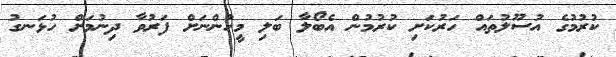
ކުރުމުގެ އުސޫލުތައް ހަރުކަށި ކުރުމުން އެބޯލާ ބަލި މީހުންނަށް ފަރުވާ ދިނުމަށް ހުޅަނގު